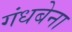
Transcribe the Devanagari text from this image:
गंधबेना